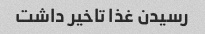
رسیدن غذا تاخیر داشت